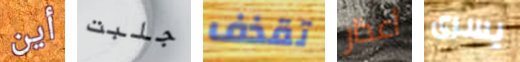
أين جلبت تقذف أعذار يسرى